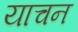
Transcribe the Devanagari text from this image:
याचन